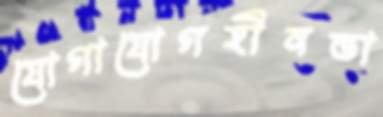
যোগাযোগহীনতা